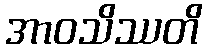
အာဝသိဿတိ